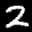
Label: 2